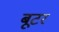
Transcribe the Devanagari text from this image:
बूटर